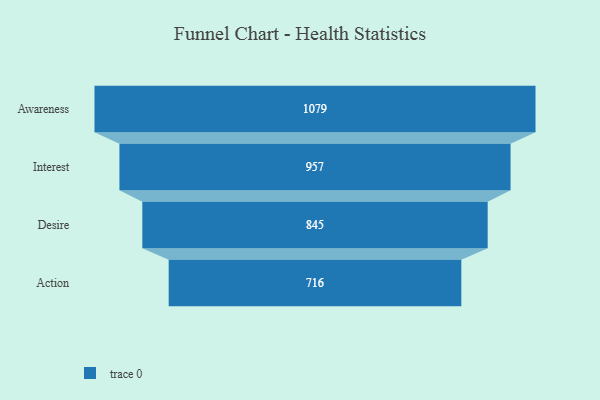
{"axis": {"x": "Stage", "y": "Value"}, "legend": [""], "data": [{"x": "Awareness", "y": 1079.0, "type": ""}, {"x": "Interest", "y": 957.0, "type": ""}, {"x": "Desire", "y": 845.0, "type": ""}, {"x": "Action", "y": 716.0, "type": ""}]}